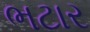
ભટાર